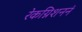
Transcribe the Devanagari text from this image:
रेकग्निशननं